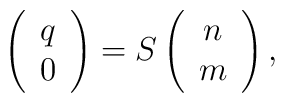
\left( \begin{array}{c} q \\ 0 \end{array} \right)=S \left( \begin{array}{c} n \\ m \end{array} \right),